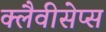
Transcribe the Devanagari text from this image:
क्लैवीसेप्स